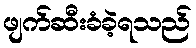
ဖျက်ဆီးခံခဲ့ရသည်